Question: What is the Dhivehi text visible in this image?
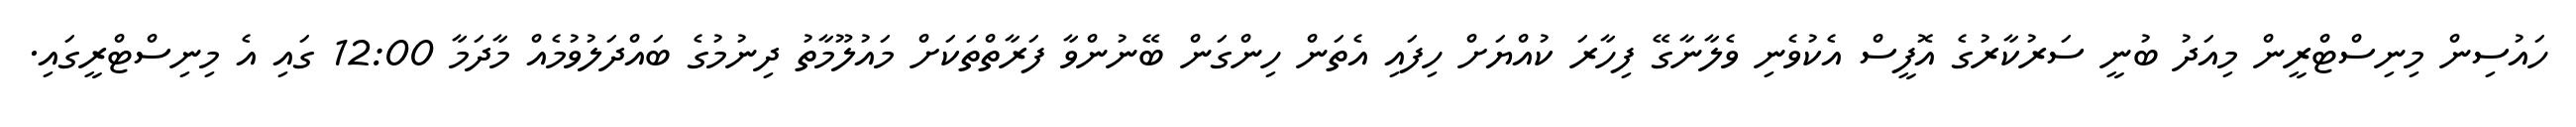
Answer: ހައުސިން މިނިސްޓްރީން މިއަދު ބުނީ ސަރުކާރުގެ އޮފީސް އެކުވެނި ވެލާނާގޭ ފިހާރަ ކުއްޔަށް ހިފައި އެތަން ހިންގަން ބޭނުންވާ ފަރާތްތަކަށް މައުލޫމާތު ދިނުމުގެ ބައްދަލުވުމެއް މާދަމާ 12:00 ގައި އެ މިނިސްޓްރީގައި.